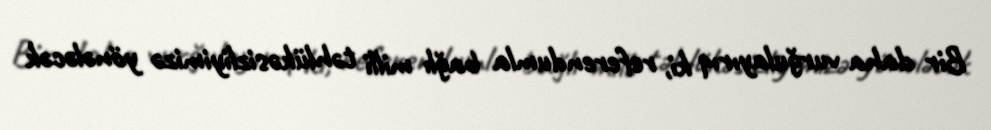
Bir daha vurğulayırıq ki, referendumla bağlı milli təhlükəsizliyimizə yönələcək